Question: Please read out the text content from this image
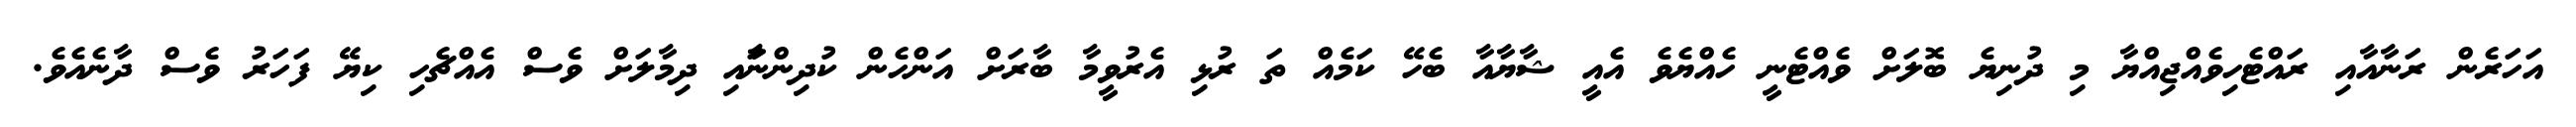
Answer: އަހަރެން ރަނާއާއި ރައްޓެހިވެއްޖިއްޔާ މި ދުނިޔެ ބޮލަށް ވެއްޓެނީ ހެއްޔެވެ އެއީ ޝާޔާއާ ބެހޭ ކަމެއް ތަ ރުޅި އެރުވީމާ ބާރަށް އަންހެން ކުދިންނަާއި ދިމާލަށް ވެސް އެއްޗެހި ކިޔޭ ފަހަރު ވެސް ދާނެއެވެ.